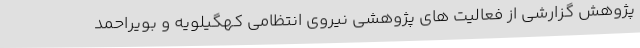
پژوهش گزارشی از فعالیت های پژوهشی نیروی انتظامی کهگیلویه و بویراحمد